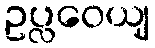
ဥပ္လဝေယျ